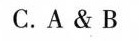
C.A&B